Insane asylums in Bengal annual reports 1867-1875 - 1867-1875
Year: 1867
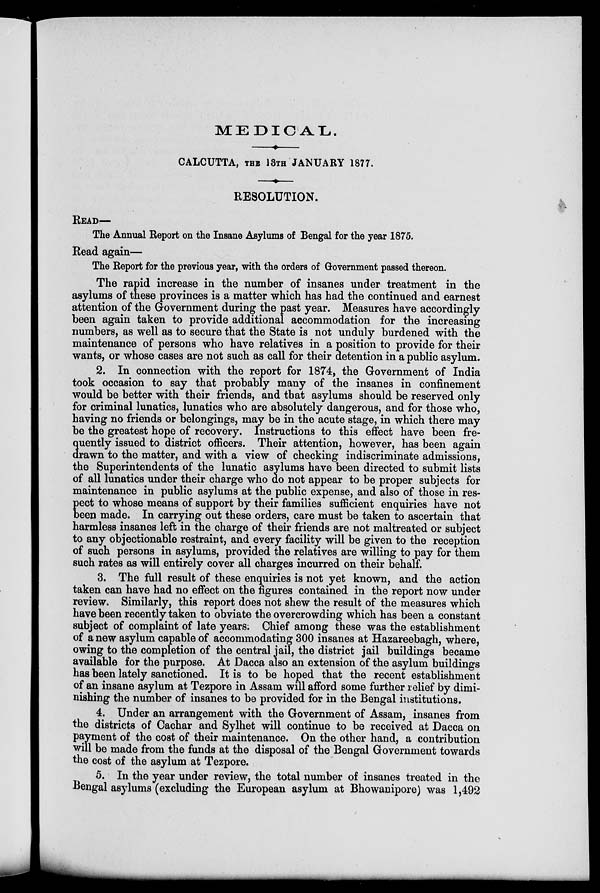
MEDICAL.
CALCUTTA, THE 13TH JANUARY 1877.
RESOLUTION.
READ—
The Annual Report on the Insane Asylums of Bengal for the year 1875.
Read again—
The Report for the previous year, with the orders of Government passed thereon.
The rapid increase in the number of insanes under treatment in the
asylums of these provinces is a matter which has had the continued and earnest
attention of the Government during the past year. Measures have accordingly-
been again taken to provide additional accommodation for the increasing
numbers, as well as to secure that the State is not unduly burdened with the
maintenance of persons who have relatives in a position to provide for their
wants, or whose cases are not such as call for their detention in a public asylum.
2. In connection with the report for 1874, the Government of India
took occasion to say that probably many of the insanes in confinement
would be better with their friends, and that asylums should be reserved only
for criminal lunatics, lunatics who are absolutely dangerous, and for those who,
having no friends or belongings, may be in the acute stage, in which there may
be the greatest hope of recovery. Instructions to this effect have been fre-
quently issued to district officers. Their attention, however, has been again
drawn to the matter, and with a view of checking indiscriminate admissions,
the Superintendents of the lunatic asylums have been directed to submit lists
of all lunatics under their charge who do not appear to be proper subjects for
maintenance in public asylums at the public expense, and also of those in res-
pect to whose means of support by their families sufficient enquiries have not
been made. In carrying out these orders, care must be taken to ascertain that
harmless insanes left in the charge of their friends are not maltreated or subject
to any objectionable restraint, and every facility will be given to the reception
of such persons in asylums, provided the relatives are willing to pay for them
such rates as will entirely cover all charges incurred on their behalf.
3. The full result of these enquiries is not yet known, and the action
taken can have had no effect on the figures contained in the report now under
review. Similarly, this report does not shew the result of the measures which
have been recently taken to obviate the overcrowding which has been a constant
subject of complaint of late years. Chief among these was the establishment
of a new asylum capable of accommodating 300 insanes at Hazareebagh, where,
owing to the completion of the central jail, the district jail buildings became
available for the purpose. At Dacca also an extension of the asylum buildings
has been lately sanctioned. It is to be hoped that the recent establishment
of an insane asylum at Tezpore in Assam will afford some further relief by dimi-
nishing the number of insanes to be provided for in the Bengal institutions.
4. Under an arrangement with the Government of Assam, insanes from
the districts of Cachar and Sylhet will continue to be received at Dacca on
payment of the cost of their maintenance. On the other hand, a contribution
will be made from the funds at the disposal of the Bengal Government towards
the cost of the asylum at Tezpore.
5. In the year under review, the total number of insanes treated in the
Bengal asylums (excluding the European asylum at Bhowanipore) was 1,492